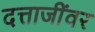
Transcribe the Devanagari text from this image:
दत्ताजींवर